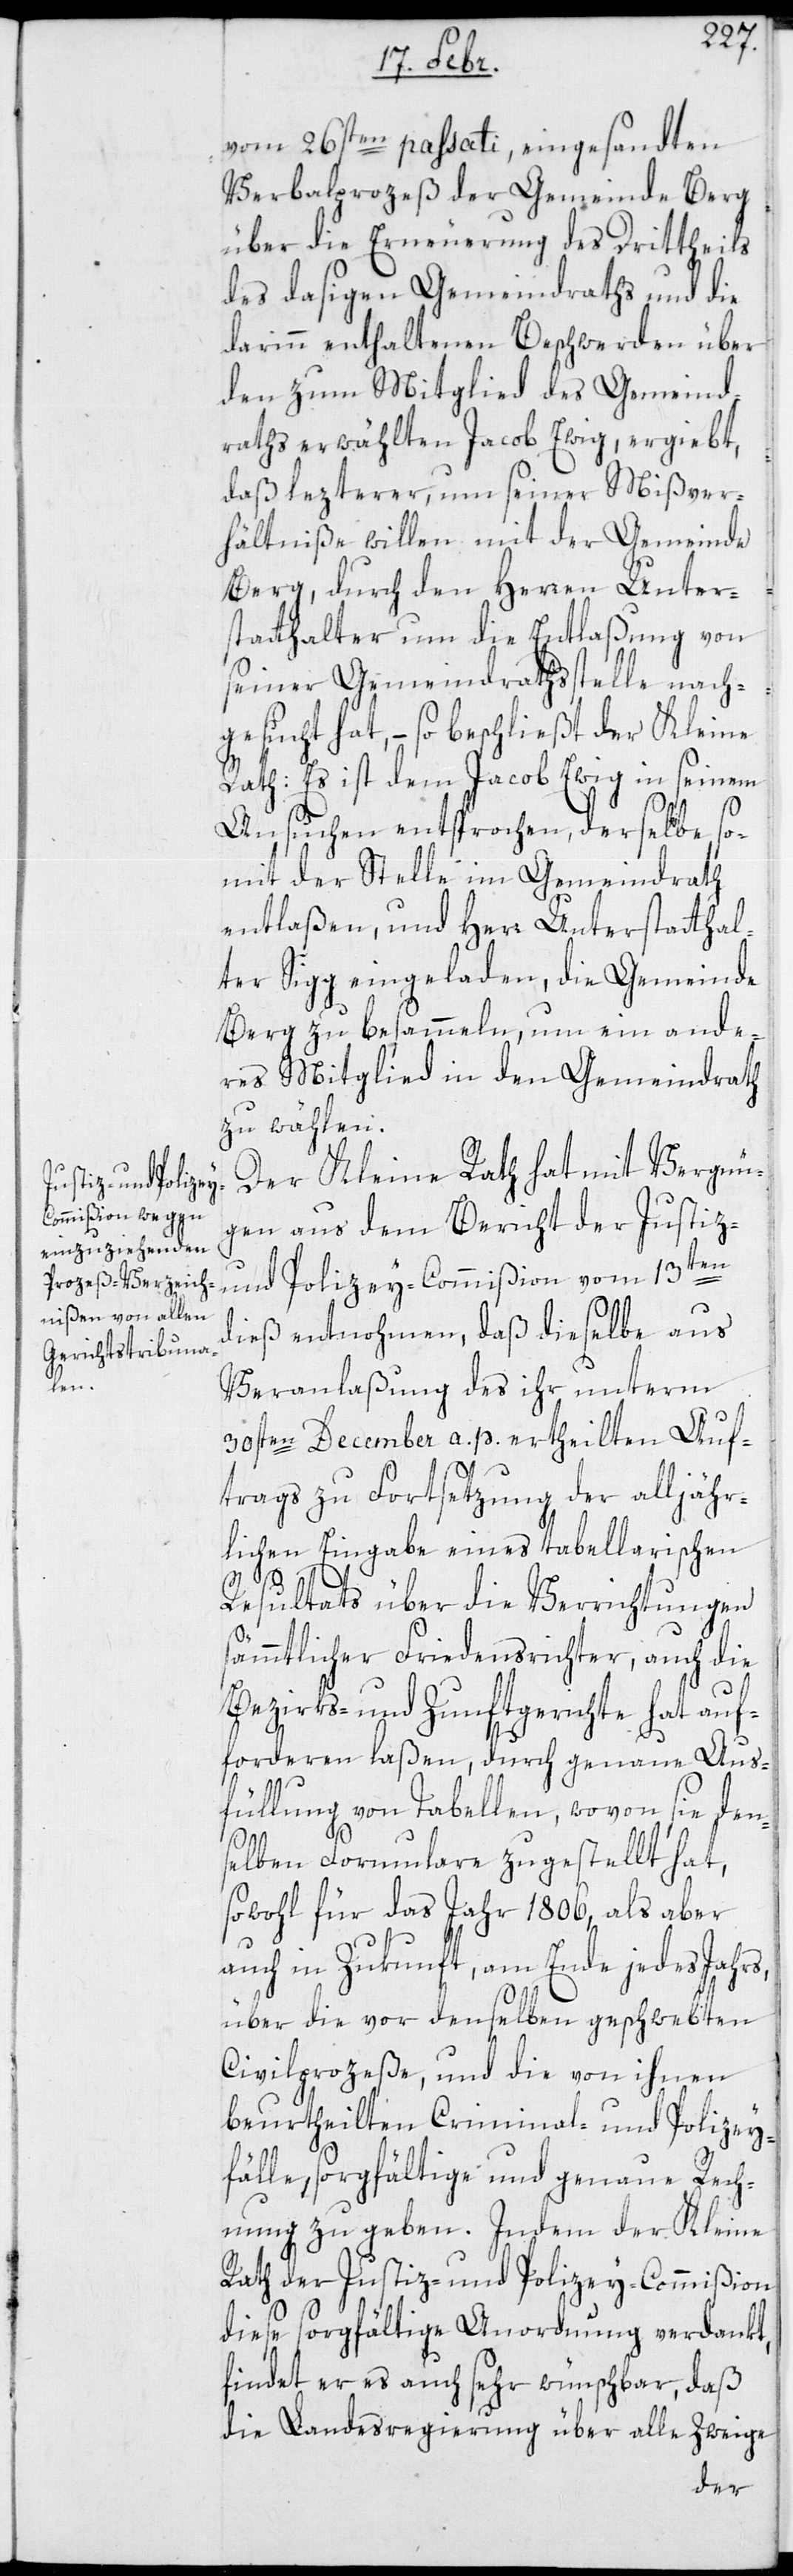
vom 26sten paßati, eingesandten
Verbalprozeß der Gemeinde Berg
über die Erneuerung des Dritttheils
des dasigen Gemeindraths und die
darinn enthaltenen Beschwerden über
den zum Mitglied des Gemeind¬
raths erwählten Jacob Ewig, ergiebt,
daß lezterer um seiner Mißver¬
hältniße willen mit der Gemeinde
Berg, durch den Herren Unter¬
statthalter um die Entlaßung von
seiner Gemeindrathsstelle nach¬
gesucht hat, – so beschließt der Kleine
Rath: Es ist dem Jacob Ewig in seinem
Ansuchen entsprochen, derselbe so¬
mit der Stelle im Gemeindrath
entlaßen, und Herr Unterstatthal¬
ter Sigg eingeladen, die Gemeinde
Berg zu besammeln, um ein ande¬
res Mitglied in den Gemeindrath
zu wählen.
Der Kleine Rath hat mit Vergnü¬
gen aus dem Bericht der Justiz-
und Polizey-Commißion vom 13ten
dieß entnohmen, daß dieselbe aus
Veranlaßung des ihr unterm
30sten December a. p. ertheilten Auf¬
trags zu Fortsetzung der alljähr¬
lichen Eingabe eines tabellarischen
Resultats über die Verrichtungen
sämmtlicher Friedensichter, auch die
Bezirks- und Zunftgerichte hat auf¬
fordern laßen, durch genaue Aus¬
füllung von Tabellen, wovon die den¬
selben Formulare zugestellt hat,
sowohl für das Jahr 1806, als aber
auch in Zukunft, am Ende jedes Jahrs,
über die vor denselben geschwebten
Civilprozeße und die von ihnen
beurtheilten Criminal- und Polizey¬
fälle, sorgfältige und genaue Rech¬
nung zu geben. Indem der Kleine
Rath der Justiz- und Polizey-Commißion
diese sorgfältige Anordnung verdankt,
findet er es auch sehr wünschbar, daß
die Landesregierung über alle Zweige